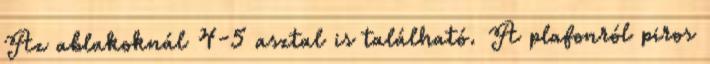
Az ablakoknál 4-5 asztal is található. A plafonról piros